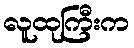
လူထုကြီးက